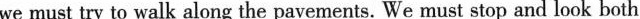
we must try to walk along the pavements. We must stop and look both